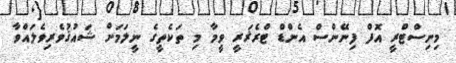
މިނިސްޓްރީ އޮފް ފިނޭންސް އެންޑް ޓްރެޜަރީ ވީމާ މި ތަކެތީގެ ނީލަމަށް ޝައުޤުވެރިވެލައްވާ